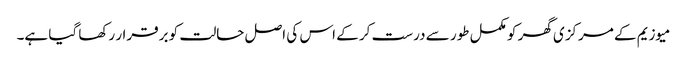
میوزیم کے مرکزی گھر کو مکمل طور سے درست کر کے اس کی اصل حالت کو برقرار رکھا گیا ہے۔